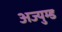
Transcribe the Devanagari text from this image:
अज्युम्ड